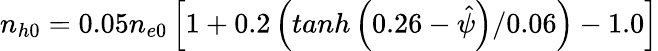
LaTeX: n_{h0}=0.05n_{e0}\left[1+0.2\left(tanh\left(0.26-\hat{\psi}\right)/0.06\right)-1.0\right]